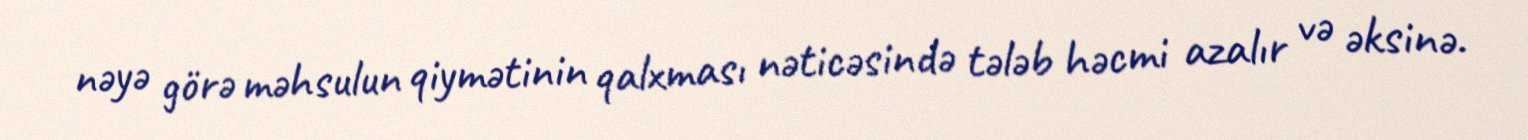
nəyə görə məhsulun qiymətinin qalxması nəticəsində tələb həcmi azalır və əksinə.